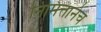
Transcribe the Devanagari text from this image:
निमित्तानेच